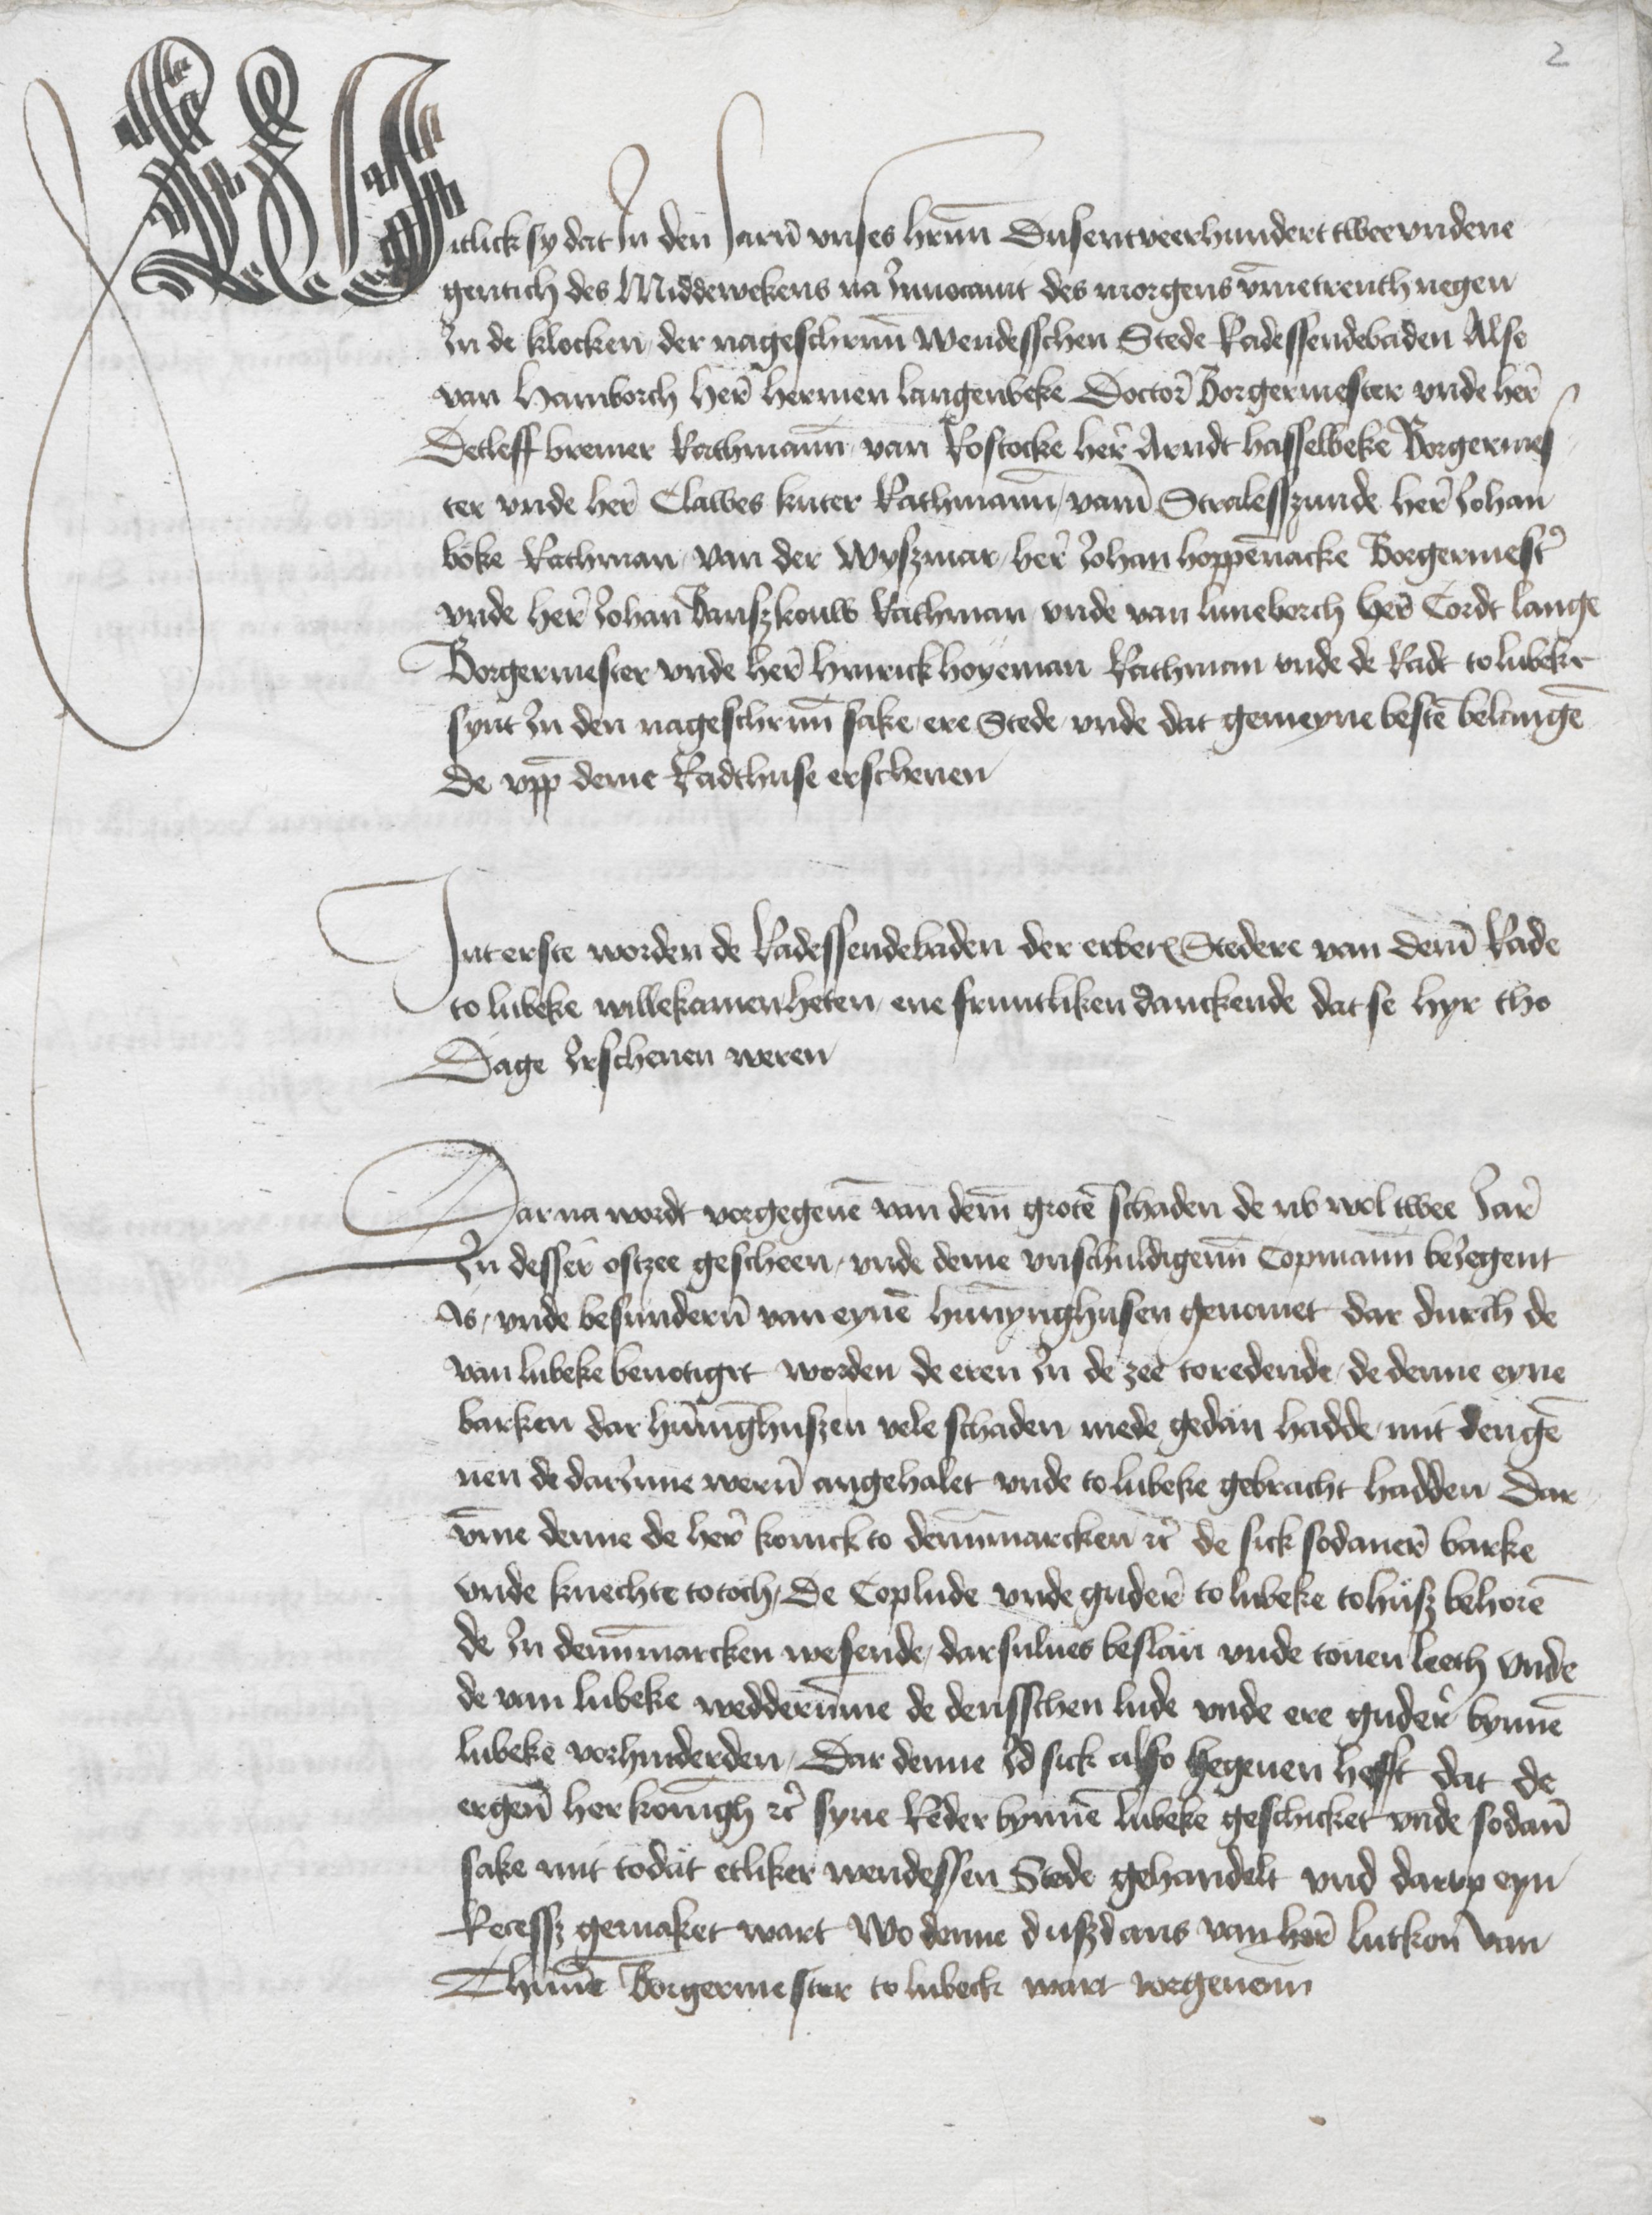
Witlick sy dat Jn den Jarn vnses hernn Dusentveerhundert tweevndene¬
gentich des Middewekens na Inuocauit des morgens vmmetrenth negen
In de klocken der nageschreuenn Wendesschen Stede Radessendebaden Alse
van Hamborch Here Hermen Langenbeke Doctore Borgermester vnde Here
Detleff Bremer Rathmann van Rostocke Here Arndt Hasselbeke Borgermes¬
ter vnde here Clawes Kuter Rathmanne, vame Stralesszunde Here Johan
Böke Rathman, van der Wyszmar, here Johan Hoppennacke Borgermester
vnde Here Johan Banszkouw Rathman, vnde van Luneborch Here Cordt Lange
Borgermester vnde here Hinrick Hoyeman Rathman vnde de Radt to Lubeke
synt Jn den nageschreuenn sake, ere Stede, vnde dat gemeyne besten belangen
De vppe deme Radthuse erschenen

Jnterste worden de Radessendebaden der erberen Stedere van deme Rade
to Lubeke willekamen heten, ene fruntliken danckende dat se Hyr tho
Dage Irschenen weren

Darna wardt vorgegeuen van deme groten schaden de nv wol twee Jare
Jn desser Ostzee gescheen, vnde deme vnschudigenn Copmanne beJegent
Is, vnde besunderen van eynem Hunnynghusen genomet dar durch de
van Lubeke benotiget worden de eren Jn de zee toredende, de denne eyne
barken dar Hunninghuszen vele schaden mede gedan hadde, mit den gen¬
nen de darInne weren angehalet vnde to Lubeke gebracht hadden Dar¬
vmme denne de here konick to Dennemarcken etc de sick sodanere barke
vnde knechte totoch, De Coplude vnde gudere to Lubeke tohusz behoren
de Jn Dennemarcken wesende, darsulues beslan vnde tonen leeth vnde
de van Lubeke wedderumme de densschen lude vnde ere gudere bynnen
Lubeke vorhinderden, Dar denne Id sick also hegenen hefft dat de
ergenomde her koningh etc syne Reder bynnen Lubeke geschicket vnde sodane
sake mit todut etliker wendessen Stede gehandelt vnd darp eyn
Recessz gemaket wart Wo denne duszdans van here Lutkon van
Thunne Borgermester to Lubeck wart wegenem